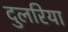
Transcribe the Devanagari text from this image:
दुलरिया